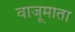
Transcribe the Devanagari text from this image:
वाजूमाता